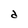
Character: d